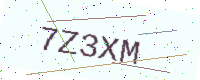
Text: 7Z3XM